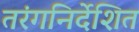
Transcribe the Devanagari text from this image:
तरंगनिर्देशित